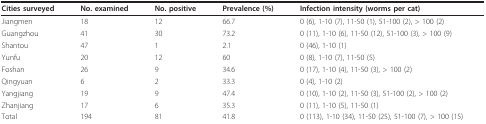
<table><thead><tr><td><b>Cities surveyed</b></td><td><b>No. examined</b></td><td><b>No. positive</b></td><td><b>Prevalence (%)</b></td><td><b>Infection intensity (worms per cat)</b></td></tr></thead><tbody><tr><td>Jiangmen</td><td>18</td><td>12</td><td>66.7</td><td>0 (6), 1-10 (7), 11-50 (1), 51-100 (2), &gt; 100 (2)</td></tr><tr><td>Guangzhou</td><td>41</td><td>30</td><td>73.2</td><td>0 (11), 1-10 (6), 11-50 (12), 51-100 (3), &gt; 100 (9)</td></tr><tr><td>Shantou</td><td>47</td><td>1</td><td>2.1</td><td>0 (46), 1-10 (1)</td></tr><tr><td>Yunfu</td><td>20</td><td>12</td><td>60</td><td>0 (8), 1-10 (7), 11-50 (5)</td></tr><tr><td>Foshan</td><td>26</td><td>9</td><td>34.6</td><td>0 (17), 1-10 (4), 11-50 (3), &gt; 100 (2)</td></tr><tr><td>Qingyuan</td><td>6</td><td>2</td><td>33.3</td><td>0 (4), 1-10 (2)</td></tr><tr><td>Yangjiang</td><td>19</td><td>9</td><td>47.4</td><td>0 (10), 1-10 (2), 11-50 (3), 51-100 (2), &gt; 100 (2)</td></tr><tr><td>Zhanjiang</td><td>17</td><td>6</td><td>35.3</td><td>0 (11), 1-10 (5), 11-50 (1)</td></tr><tr><td>Total</td><td>194</td><td>81</td><td>41.8</td><td>0 (113), 1-10 (34), 11-50 (25), 51-100 (7), &gt; 100 (15)</td></tr></tbody></table>